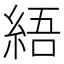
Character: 𦀡